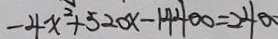
- 4 x ^ { 2 } + 5 2 0 x - 1 4 4 0 0 = 2 4 0 0